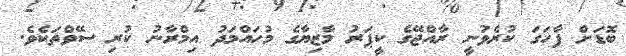
ބޮޑަށް ފާހަގަ ކުރެވުނީ ރާއްޖޭގެ ކީޕަރު މާޒިޔާގެ މުހައްމަދު އިމްރާނު ކުރި ސޭވްތަކެވެ.